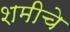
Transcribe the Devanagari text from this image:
शमीचे